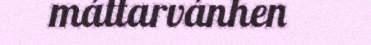
máttarvánhen